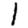
Digit: 1